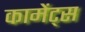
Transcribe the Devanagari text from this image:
कामेंट्स